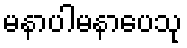
မနာပါမနာပေသု